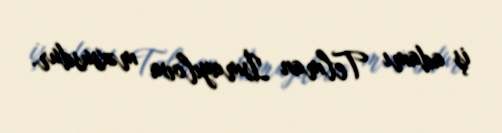
iş adamı Telman İsmayılova məxsusdur.